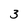
Character: 3